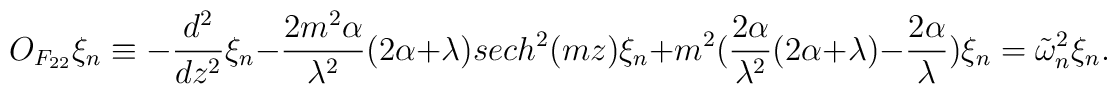
O_{F_{22}}\xi_n\equiv -\frac{d^2}{dz^2}\xi_n-\frac{2m^2\alpha}{\lambda^2}(2\alpha+\lambda) sech^2(mz)\xi_n+m^2( \frac{2\alpha}{\lambda^2}(2\alpha+\lambda)-\frac{2\alpha}{\lambda})\xi_n= \tilde{\omega}^2_n\xi_n.